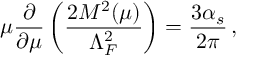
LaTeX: \mu \frac { \partial } { \partial \mu } \left( \frac { 2 M ^ { 2 } ( \mu ) } { \Lambda _ { F } ^ { 2 } } \right) = \frac { 3 \alpha _ { s } } { 2 \pi } \, ,